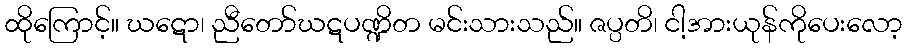
ထိုကြောင့်။ ဃဋော၊ ညီတော်ဃဋပဏ္ဍိတ မင်းသားသည်။ ဇပ္ပတိ၊ ငါ့အားယုန်ကိုပေးလော့